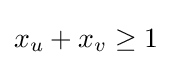
x_{u}+x_{v}\geq 1